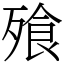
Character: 飱